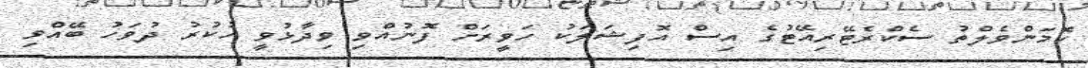
ކޮމަންވެލްތު ސެކްރެޓޭރިއޭޓުގެ އިސް އޮފިޝަލަކު ހަވީރަށް ފޮނުއްވި ވިދާޅުވީ ހުކުރު ދުވަހު ބޭއްވި